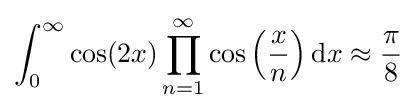
\int _{0}^{\infty }\cos(2x)\prod _{n=1}^{\infty }\cos \left({\frac {x}{n}}\right)\mathrm {d} x\approx {\frac {\pi }{8}}